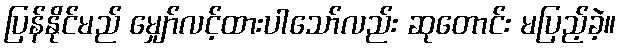
ပြန်နိုင်မည် မျှော်လင့်ထားပါသော်လည်း ဆုတောင်း မပြည့်ခဲ့။